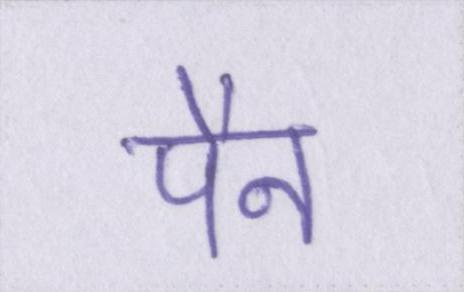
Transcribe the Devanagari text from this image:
पैन